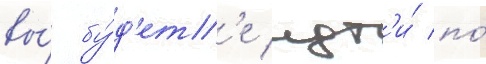
вы́ бу́д'ет'е идт'и́ по́